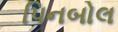
પિનબોલ